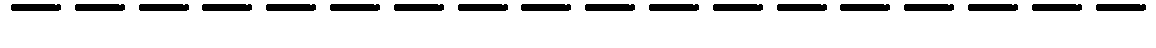
------------------